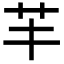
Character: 𦬒